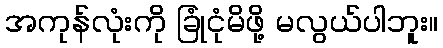
အကုန်လုံးကို ခြုံငုံမိဖို့ မလွယ်ပါဘူး။